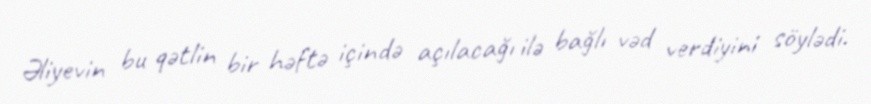
Əliyevin bu qətlin bir həftə içində açılacağı ilə bağlı vəd verdiyini söylədi.